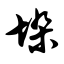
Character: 垛